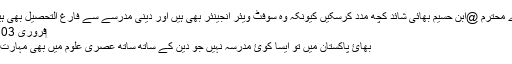
ویسے ہمارے محترم @ابن حسیم بھائی شائد کچھ مدد کرسکیں کیونکہ وہ سوفٹ ویئر انجینئر بھی ہیں اور دینی مدرسے سے فارغ التحصیل بھی ہیں، ماشاء اللہ
‏فروری 03، 2015 #9
بھائ پاکستان میں تو ایسا کوئ مدرسہ نہیں جو دین کے ساتھ ساتھ عصری علوم میں بھی مہارت مہیا کرتا ہو۔